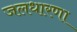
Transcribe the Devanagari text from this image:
जलधारणा